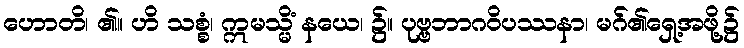
ဟောတိ၊ ၏။ ဟိ သစ္စံ၊ ဣမသ္မိံ နယေ၊ ၌။ ပုဗ္ဗဘာဂဝိပဿနာ၊ မဂ်၏ရှေ့အဖို့၌